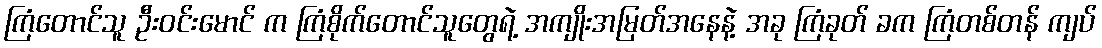
ကြံတောင်သူ ဦးဝင်းမောင် က ကြံစိုက်တောင်သူတွေရဲ့ အကျိုးအမြတ်အနေနဲ့ အခု ကြံခုတ် ခက ကြံတစ်တန် ကျပ်